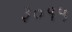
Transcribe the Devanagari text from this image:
३०१५